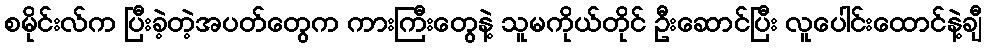
စမိုင်းလ်က ပြီးခဲ့တဲ့အပတ်တွေက ကားကြီးတွေနဲ့ သူမကိုယ်တိုင် ဦးဆောင်ပြီး လူပေါင်းထောင်နဲ့ချီ